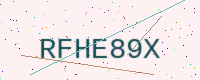
Text: RFHE89X